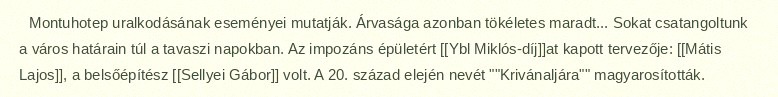
Montuhotep uralkodásának eseményei mutatják. Árvasága azonban tökéletes maradt... Sokat csatangoltunk a város határain túl a tavaszi napokban. Az impozáns épületért [[Ybl Miklós-díj]]at kapott tervezője: [[Mátis Lajos]], a belsőépítész [[Sellyei Gábor]] volt. A 20. század elején nevét ""Krivánaljára"" magyarosították.